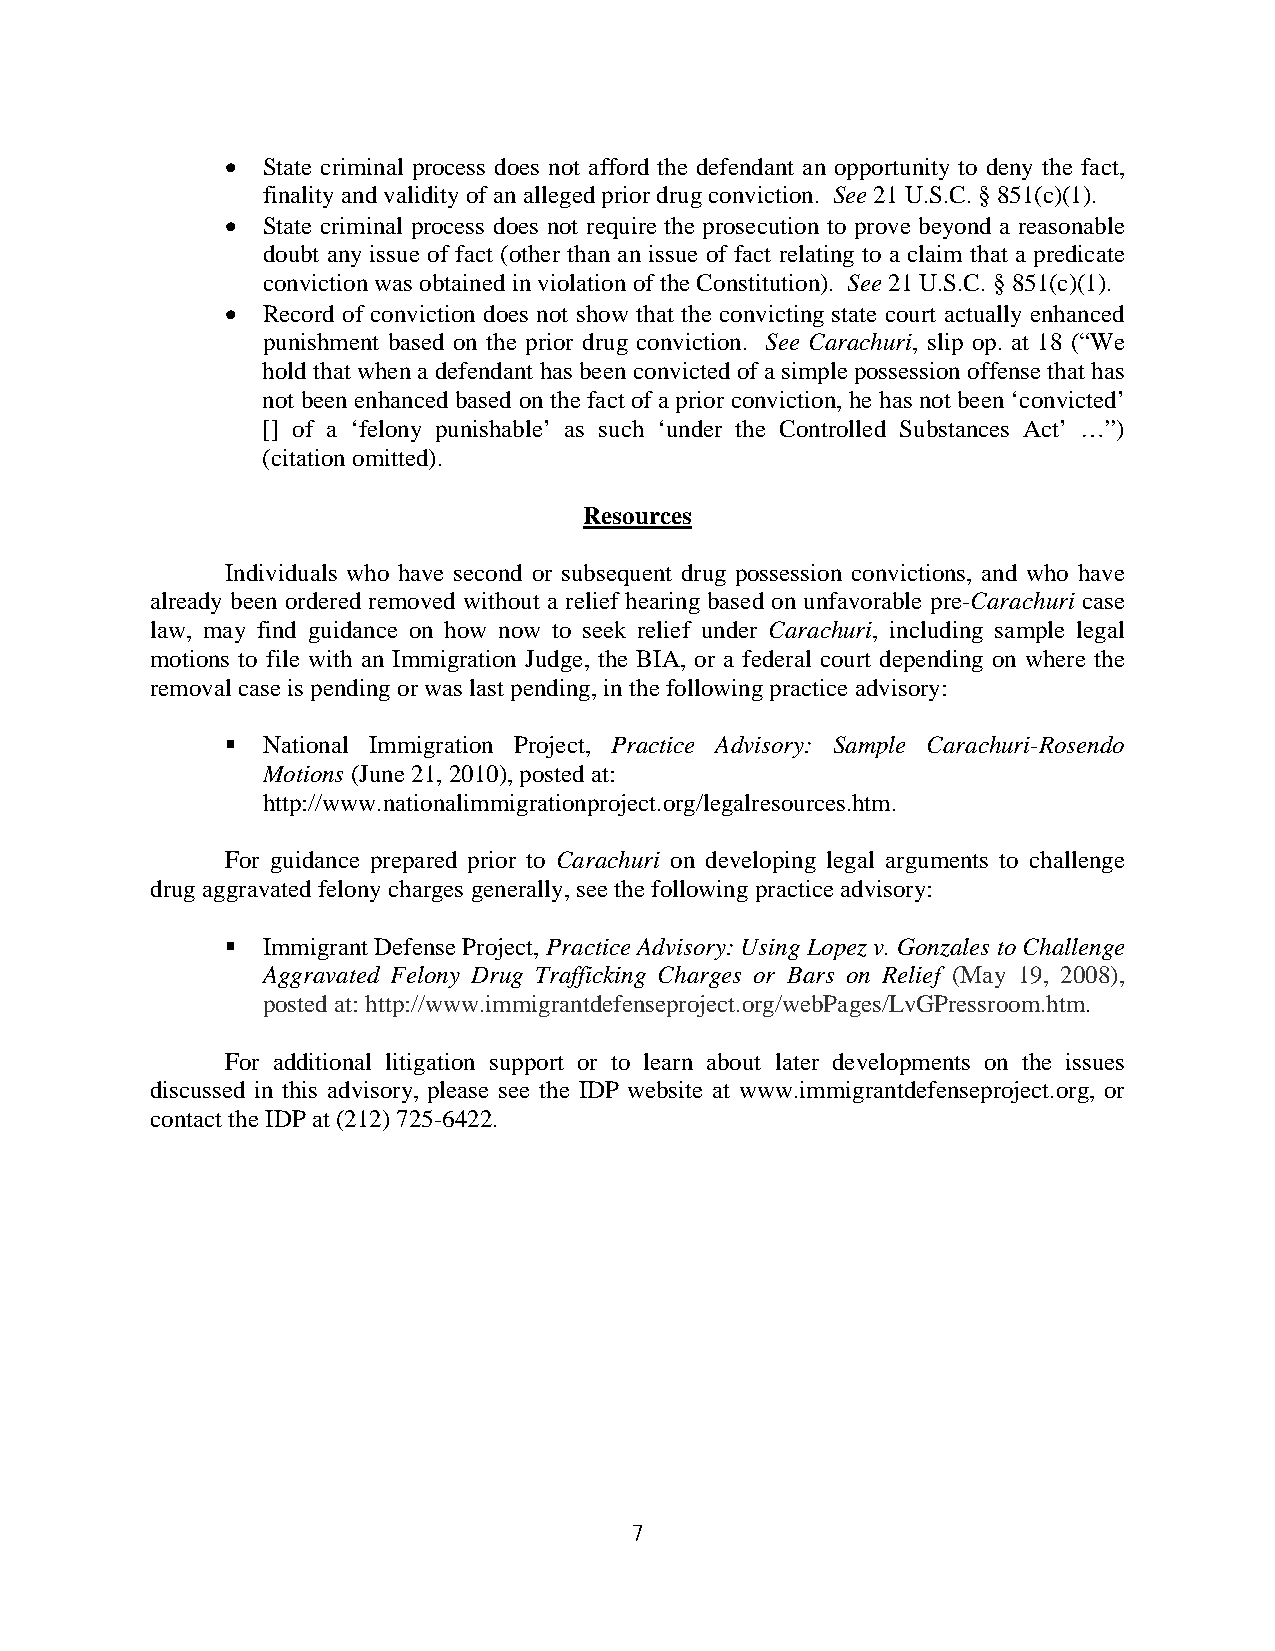
 State criminal process does not afford the defendant an opportunity to deny the fact,
 finality and validity of an alleged prior drug conviction. See 21 U.S.C. § 851(c)(1).
  State criminal process does not require the prosecution to prove beyond a reasonable
 doubt any issue of fact (other than an issue of fact relating to a claim that a predicate
 conviction was obtained in violation of the Constitution). See 21 U.S.C. § 851(c)(1).
  Record of conviction does not show that the convicting state court actually enhanced
 punishment based on the prior drug conviction. See Carachuri, slip op. at 18 (“We
 hold that when a defendant has been convicted of a simple possession offense that has
 not been enhanced based on the fact of a prior conviction, he has not been ‘convicted’
 [] of a ‘felony punishable’ as such ‘under the Controlled Substances Act’ …”)
 (citation omitted).
 Resources
 Individuals who have second or subsequent drug possession convictions, and who have
 already been ordered removed without a relief hearing based on unfavorable pre-Carachuri case
 law, may find guidance on how now to seek relief under Carachuri, including sample legal
 motions to file with an Immigration Judge, the BIA, or a federal court depending on where the
 removal case is pending or was last pending, in the following practice advisory:
  National Immigration Project, Practice Advisory: Sample Carachuri-Rosendo
 Motions (June 21, 2010), posted at:
 http://www.nationalimmigrationproject.org/legalresources.htm.
 For guidance prepared prior to Carachuri on developing legal arguments to challenge
 drug aggravated felony charges generally, see the following practice advisory:
  Immigrant Defense Project, Practice Advisory: Using Lopez v. Gonzales to Challenge
 Aggravated Felony Drug Trafficking Charges or Bars on Relief (May 19, 2008),
 posted at:http://www.immigrantdefenseproject.org/webPages/LvGPressroom.htm.
 For additional litigation support or to learn about later developments on the issues
 discussed in this advisory, please see the IDP website at www.immigrantdefenseproject.org, or
 contact the IDP at (212) 725-6422.
 7